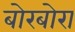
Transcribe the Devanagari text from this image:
बोरबोरा